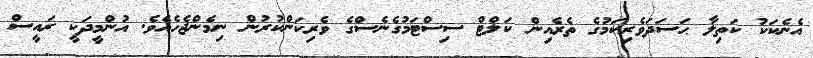
އެނެކަކު ކަތިލާ ޙަސަދަވެރިކަމުގެ ތެރެއިން ކަލްޓް ސިސްޓަމުގެނެސްގެ ވެރިކަންކުރުން ނިމެންޖެހެއެވެ. އުންމީދަކީ ރައީސް